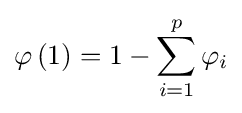
\varphi \left(1\right)=1-\sum _{i=1}^{p}\varphi _{i}